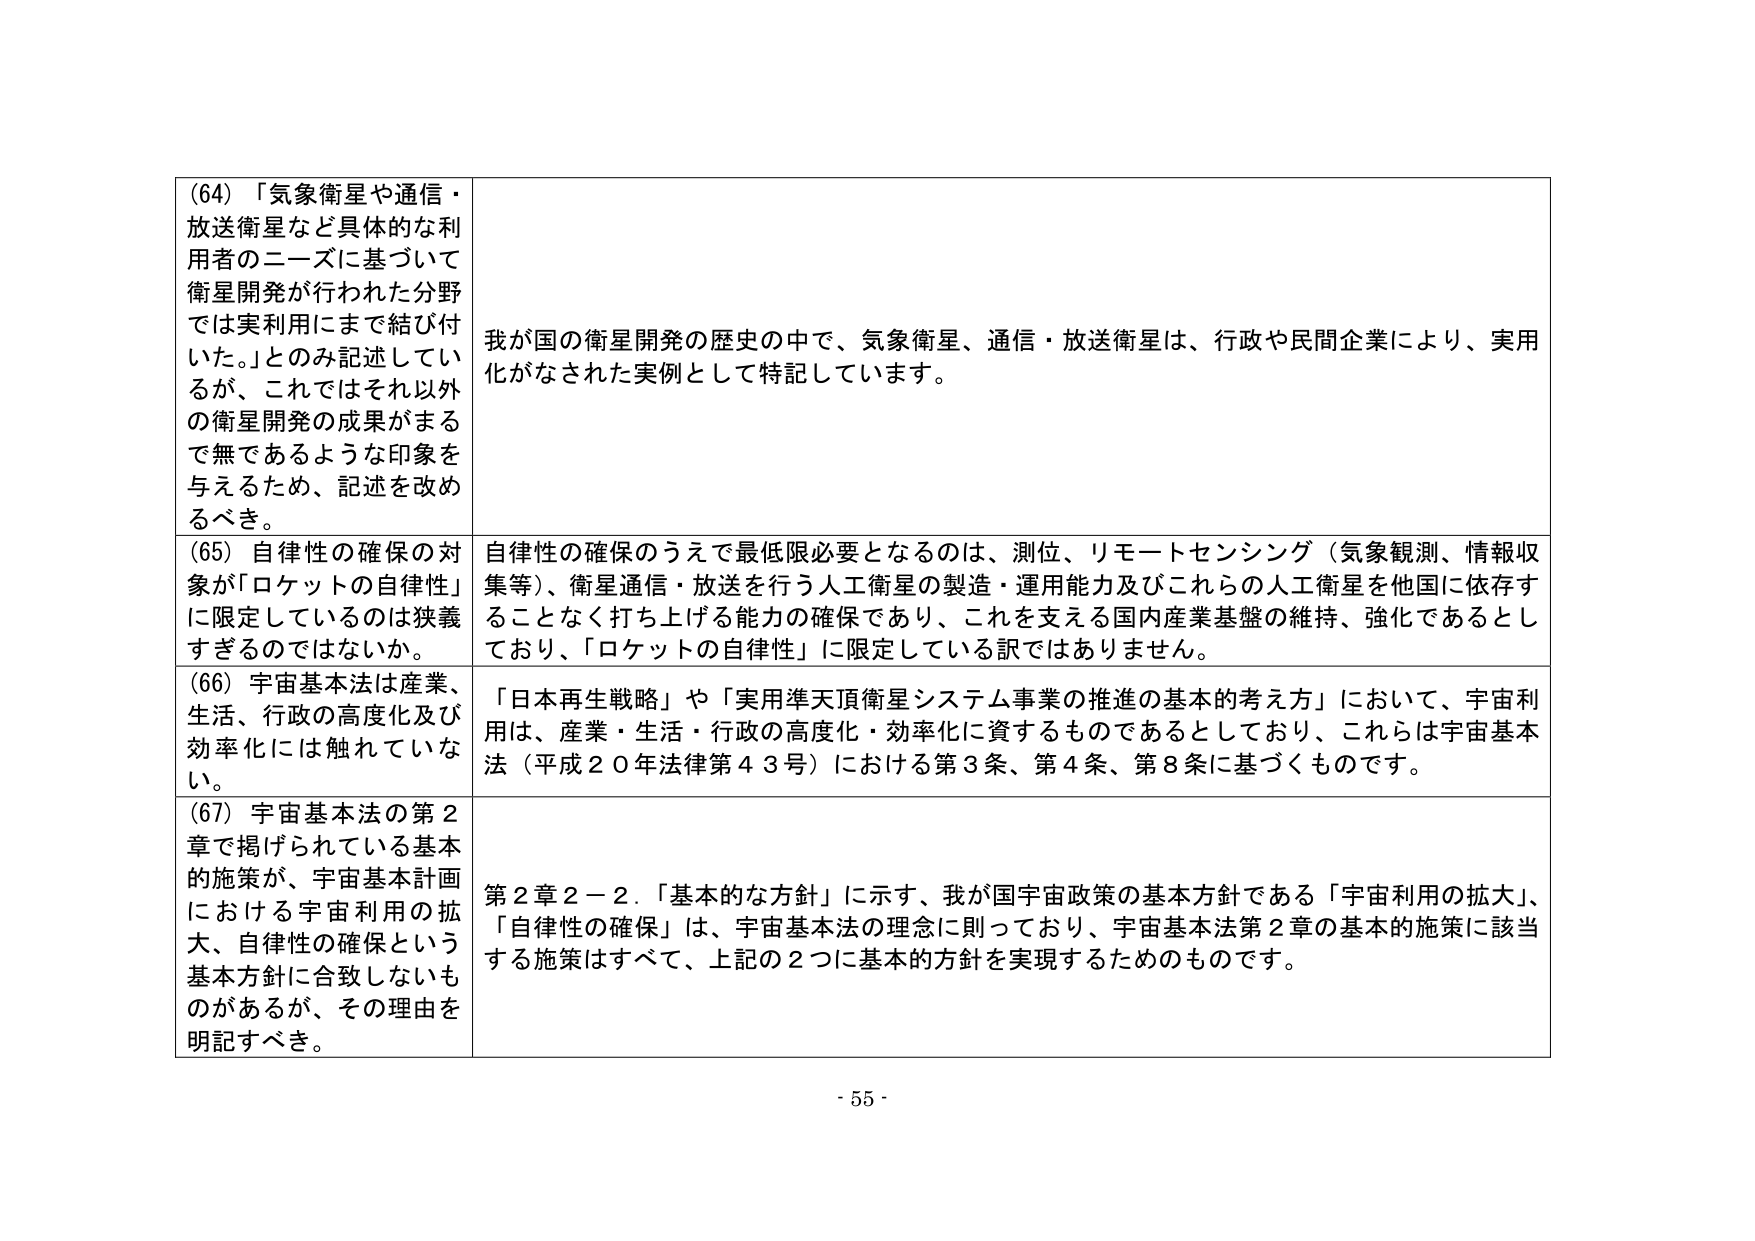
(64) 「気象衛星や通信・放送衛星など具体的な利用者のニーズに基づいて衛星開発が行われた分野では実利用にまで結び付いた。」とのみ記述しているが、これではそれ以外の衛星開発の成果がまるで無であるような印象を与えるため、記述を改めるべき。

我が国の衛星開発の歴史の中で、気象衛星、通信・放送衛星は、行政や民間企業により、実用化がなされた実例として特記しています。

(65) 自律性の確保の対象が「ロケットの自律性」に限定しているのは狭義すぎるのではないか。

自律性の確保のうえで最低限必要となるのは、測位、リモートセンシング（気象観測、情報収集等）、衛星通信・放送を行う人工衛星の製造・運用能力及びこれら的人工衛星を他国に依存することなく打ち上げる能力の確保であり、これを支える国内産業基盤の維持、強化であるとしており、「ロケットの自律性」に限定している訳ではありません。

(66) 宇宙基本法は産業、生活、行政の高度化及び効率化には触れていない。

「日本再生戦略」や「実用準天頂衛星システム事業の推進の基本的考え方」において、宇宙利用は、産業・生活・行政の高度化・効率化に資するものであるとしており、これらは宇宙基本法（平成２０年法律第４３号）における第３条、第４条、第８条に基づくものです。

(67) 宇宙基本法の第２章で掲げられている基本的施策が、宇宙基本計画における宇宙利用の拡大、自律性の確保という基本方針に合致しないものがあるが、その理由を明記すべき。

第２章２－２．「基本的な方針」に示す、我が国宇宙政策の基本方針である「宇宙利用の拡大」、「自律性の確保」は、宇宙基本法の理念に則っており、宇宙基本法第２章の基本的施策に該当する施策はすべて、上記の２つに基本的方針を実現するためのものです。

- 55 -